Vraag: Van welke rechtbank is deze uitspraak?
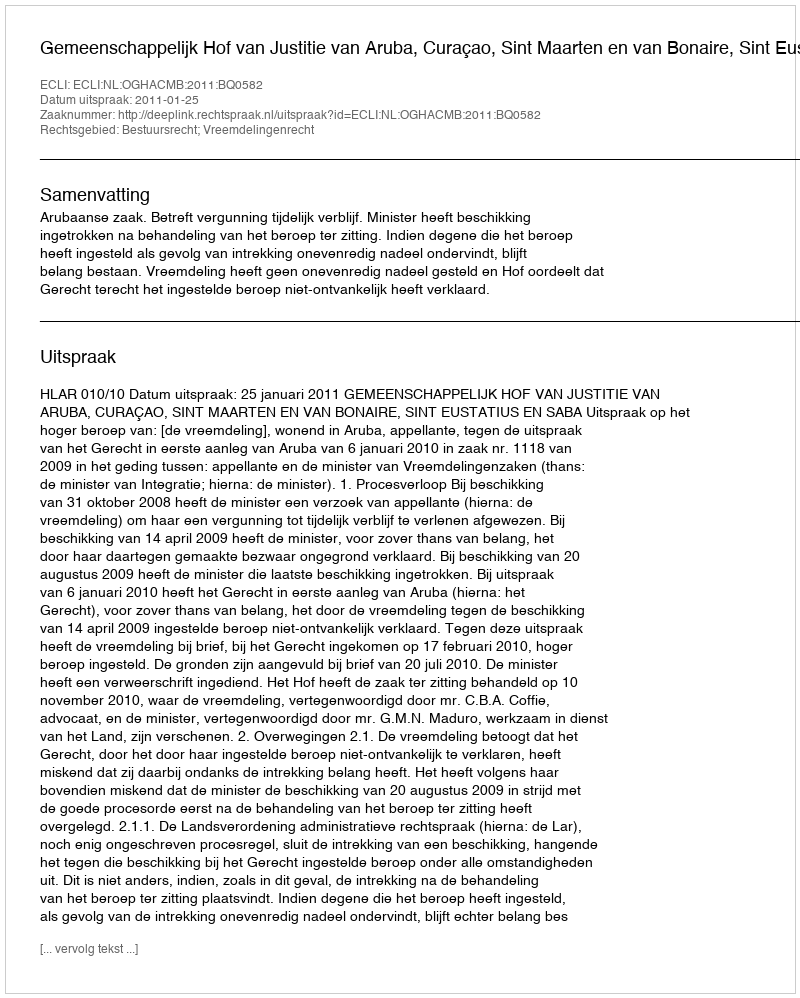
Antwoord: Gemeenschappelijk Hof van Justitie van Aruba, Curaçao, Sint Maarten en van Bonaire, Sint Eustatius en Saba